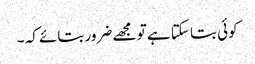
کوئی بتا سکتا ہے تو مجھے ضرور بتائے کہ ۔